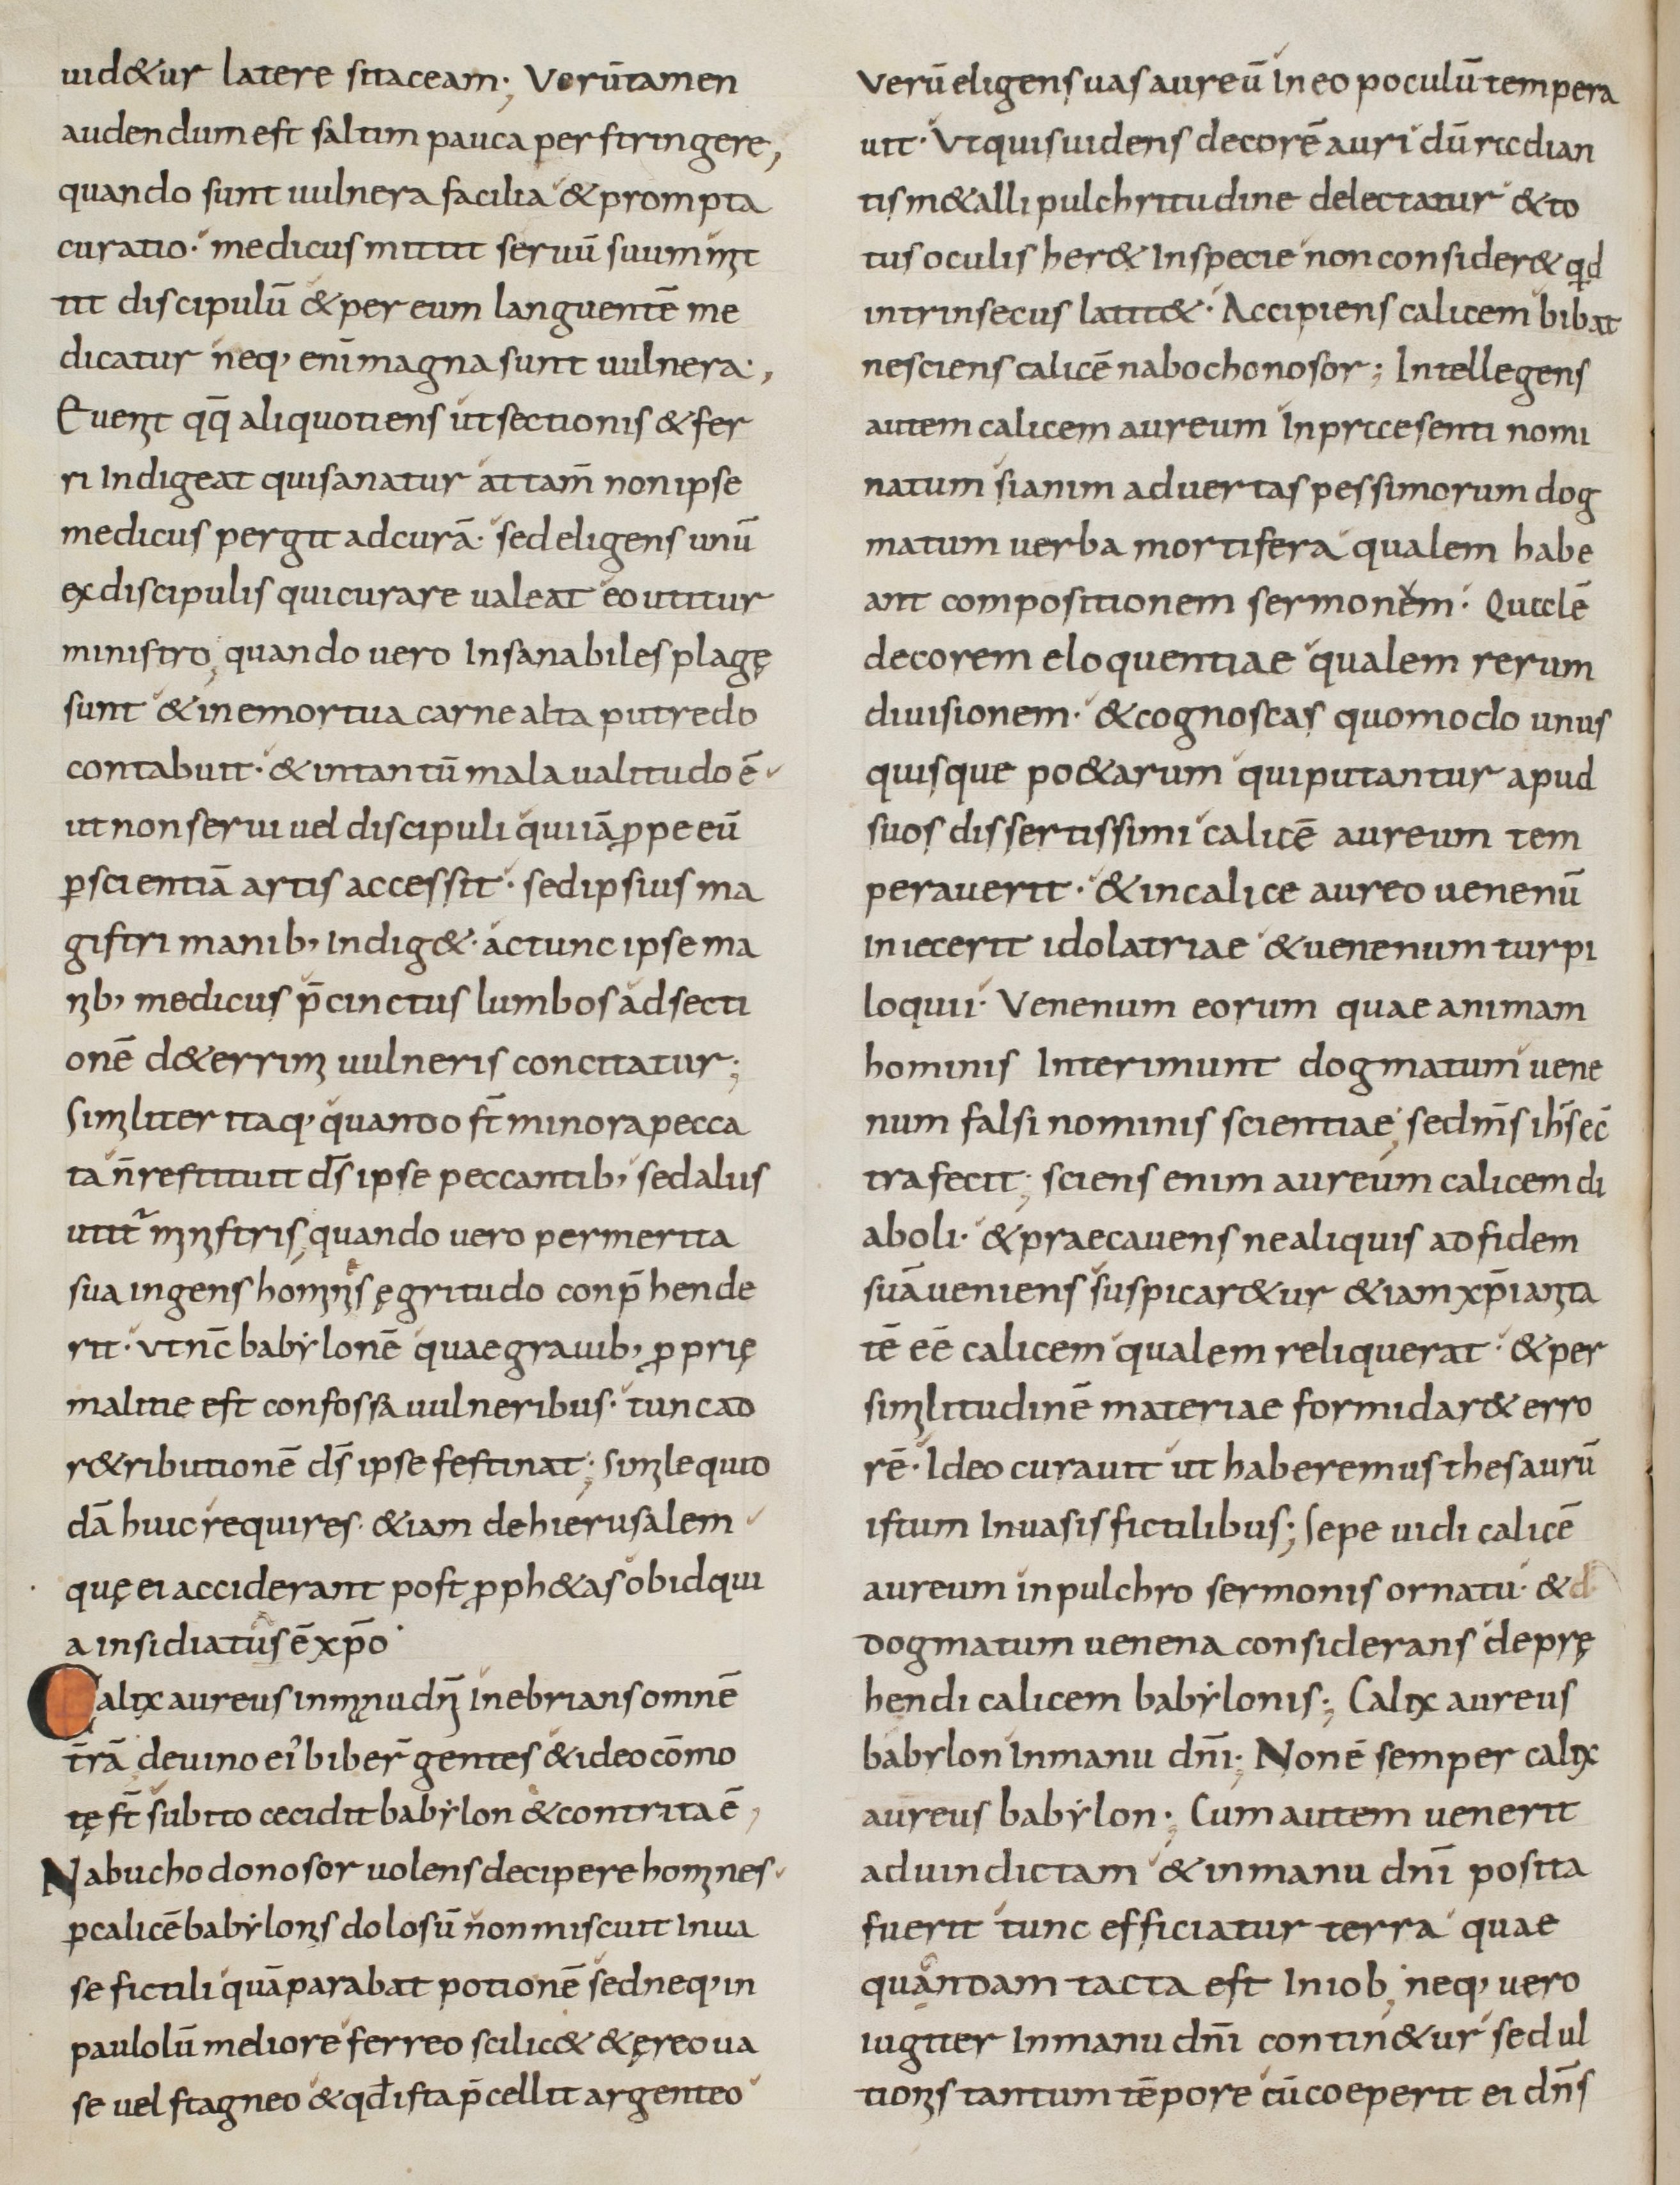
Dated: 800–899